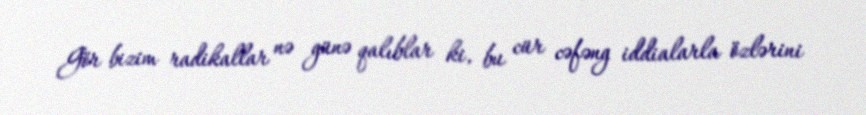
Gör bizim radikallar nə günə qalıblar ki, bu cür cəfəng iddialarla özlərini